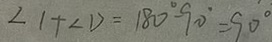
\angle 1 + \angle D = 1 8 0 ^ { \circ } - 9 0 ^ { \circ } = 9 0 ^ { \circ }